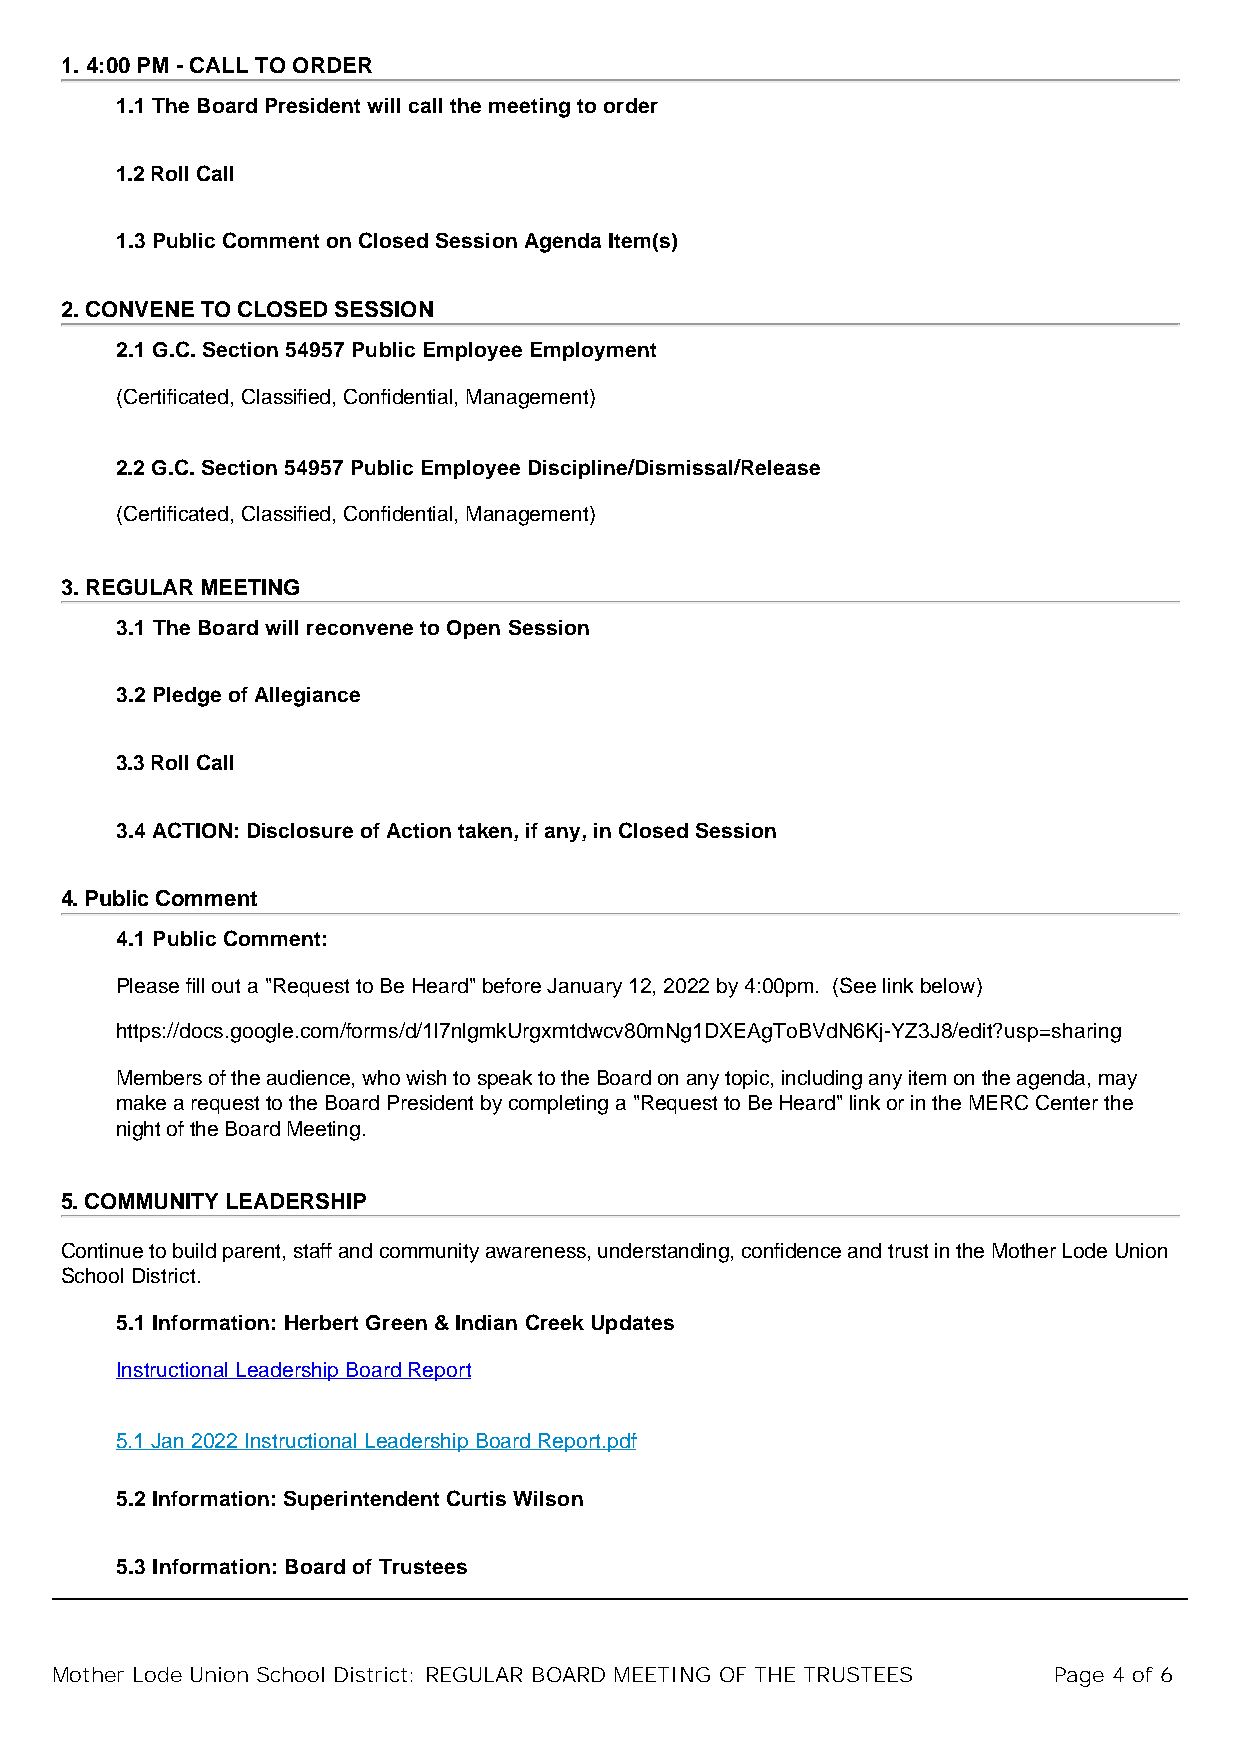
1. 4:00 PM - CALL TO ORDER
 1.1 The Board President will call the meeting to order
 1.2 Roll Call
 1.3 Public Comment on Closed Session Agenda Item(s)
 2. CONVENE TO CLOSED SESSION
 2.1 G.C. Section 54957 Public Employee Employment
 (Certificated, Classified, Confidential, Management)
 2.2 G.C. Section 54957 Public Employee Discipline/Dismissal/Release
 (Certificated, Classified, Confidential, Management)
 3. REGULAR MEETING
 3.1 The Board will reconvene to Open Session
 3.2 Pledge of Allegiance
 3.3 Roll Call
 3.4 ACTION: Disclosure of Action taken, if any, in Closed Session
 4. Public Comment
 4.1 Public Comment:
 Please fill out a "Request to Be Heard" before January 12, 2022 by 4:00pm. (See link below)
 https://docs.google.com/forms/d/1l7nlgmkUrgxmtdwcv80mNg1DXEAgToBVdN6Kj-YZ3J8/edit?usp=sharing
 Members of the audience, who wish to speak to the Board on any topic, including any item on the agenda, may
 make a request to the Board President by completing a "Request to Be Heard" link or in the MERC Center the
 night of the Board Meeting.
 5. COMMUNITY LEADERSHIP
 Continue to build parent, staff and community awareness, understanding, confidence and trust in the Mother Lode Union
 School District.
 5.1 Information: Herbert Green & Indian Creek Updates
 Instructional Leadership Board Report
 5.1 Jan 2022 Instructional Leadership Board Report.pdf
 5.2 Information: Superintendent Curtis Wilson
 5.3 Information: Board of Trustees
 Mother Lode Union School District: REGULAR BOARD MEETING OF THE TRUSTEES Page 4 of 6